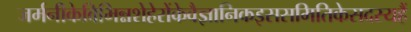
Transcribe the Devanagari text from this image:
जर्मनीकेविभिन्नशेहेरोंकेवैज्ञानिकइससमितिकेसदस्यहैं